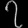
Digit: ၇